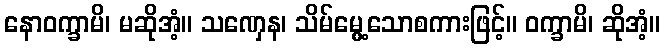
နောဝက္ခာမိ၊ မဆိုအံ့။ သဏှေန၊ သိမ်မွေ့သောစကားဖြင့်။ ဝက္ခာမိ၊ ဆိုအံ့။